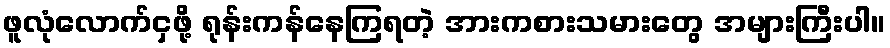
ဖူလုံလောက်ငှဖို့ ရုန်းကန်နေကြရတဲ့ အားကစားသမားတွေ အများကြီးပါ။